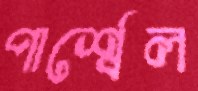
পার্শ্বেল